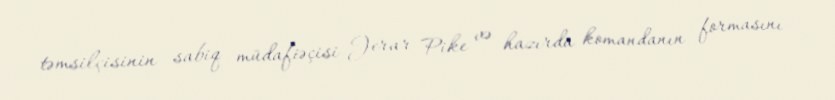
təmsilçisinin sabiq müdafiəçisi Jerar Pike və hazırda komandanın formasını